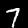
Digit: 7